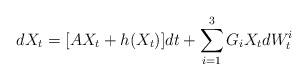
LaTeX: \begin{align*}dX_t=[AX_t+h(X_t)]dt+\sum_{i=1}^{3}G_iX_tdW_t^i\end{align*}